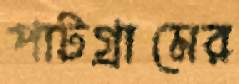
পাটগ্রামের